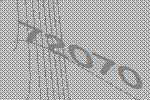
72070